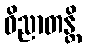
ဝိညာတန္တိ